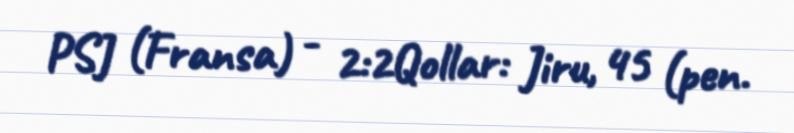
PSJ (Fransa) - 2:2Qollar: Jiru, 45 (pen.